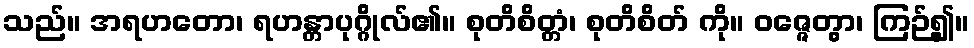
သည်။ အရဟတော၊ ရဟန္တာပုဂ္ဂိုလ်၏။ စုတိစိတ္တံ၊ စုတိစိတ် ကို။ ဝဇ္ဇေတွာ၊ ကြဉ်၍။